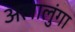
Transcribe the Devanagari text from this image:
अलालुंगा